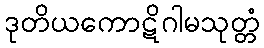
ဒုတိယကောဋိဂါမသုတ္တံ